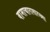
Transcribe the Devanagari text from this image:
वामाचारासारख्या